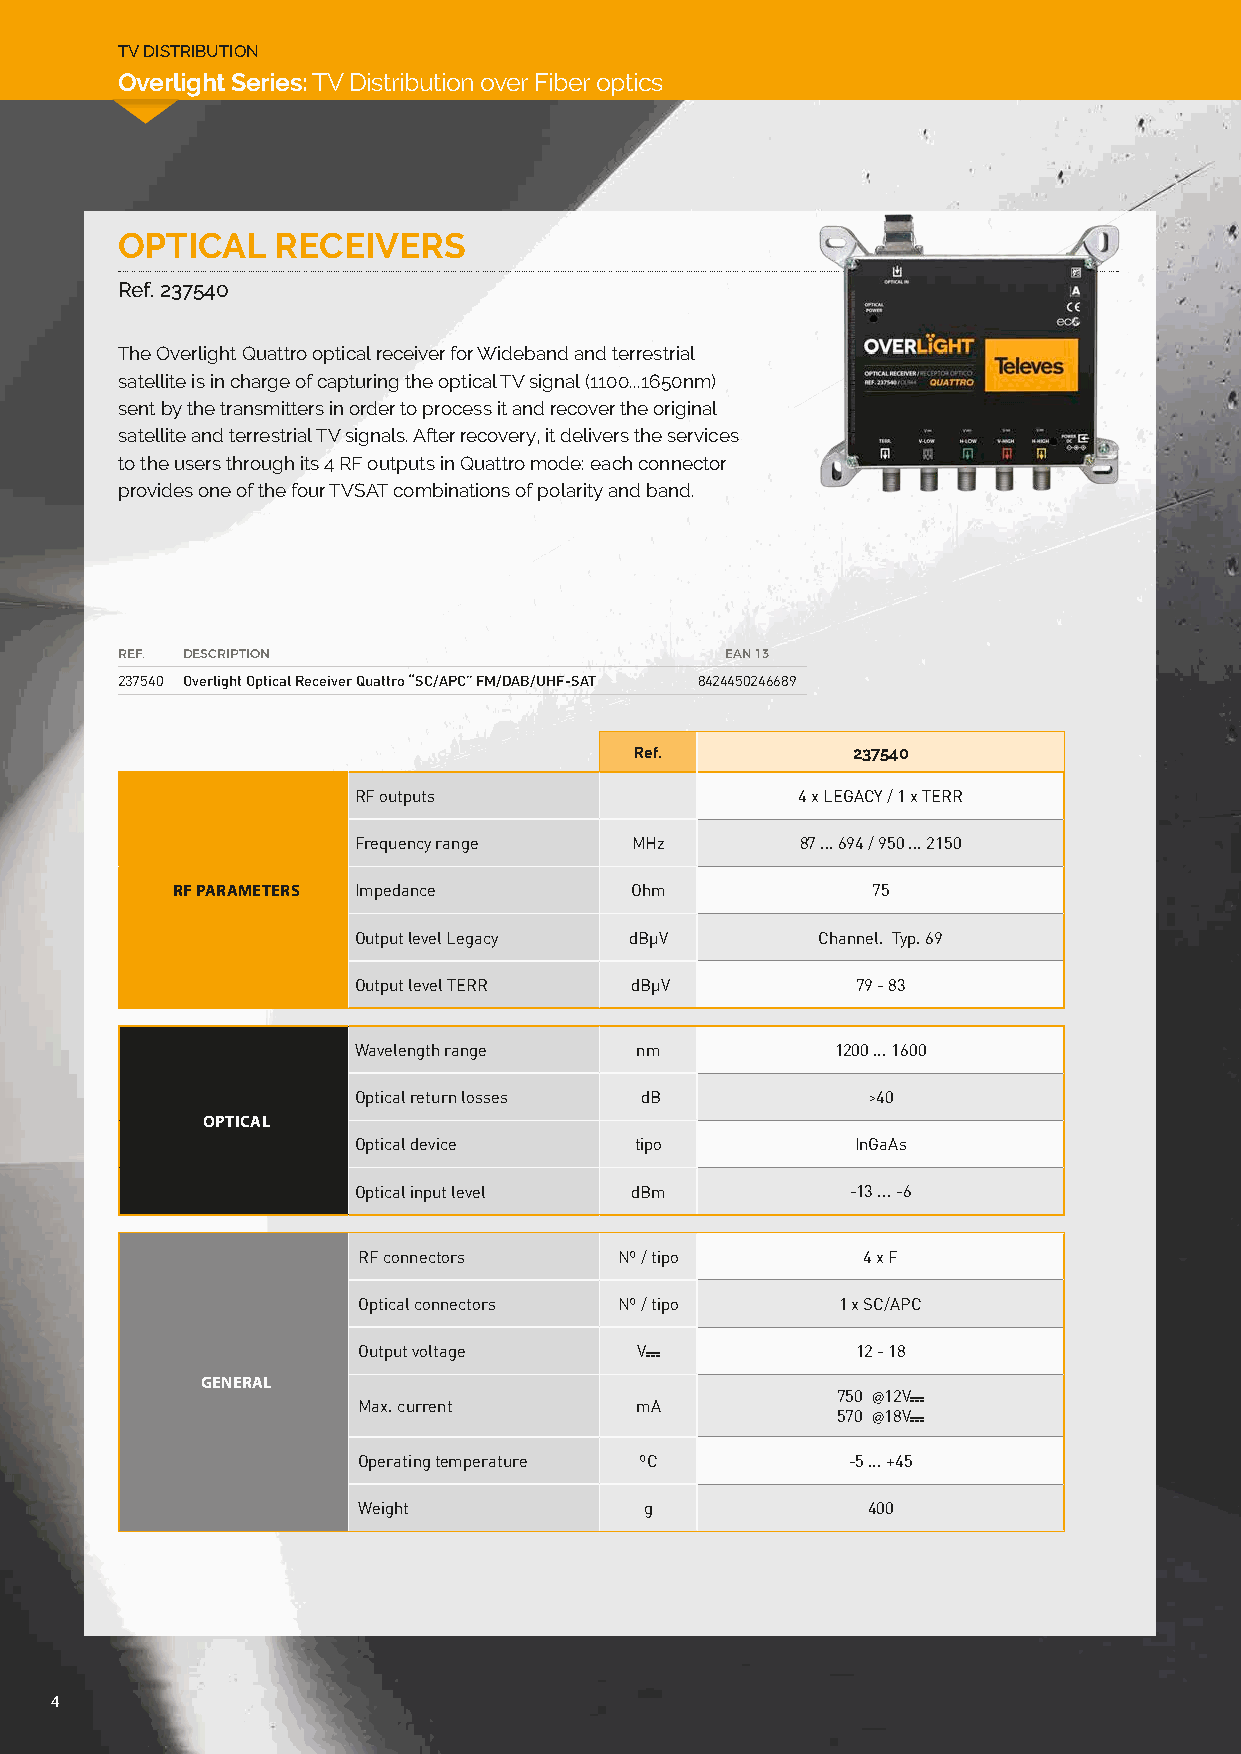
TV DISTRIBUTION
 Overlight Series: TV Distribution over Fiber optics
 OPTICAL   RECEIVERS
 Ref. 237540
 The Overlight Quattro optical receiver for Wideband and terrestrial
 satellite is in charge of capturing the optical TV signal (1100...1650nm)
 sent by the transmitters in order to process it and recover the original
 satellite and terrestrial TV signals. After recovery, it delivers the services
 to the users through its 4 RF outputs in Quattro mode: each connector
 provides one of the four TVSAT combinations of polarity and band.
 REF. DESCRIPTION                        EAN 13
 237540 Overlight Optical Receiver Quattro “SC/APC” FM/DAB/UHF-SAT 8424450246689
 Ref.          237540
 RF outputs                    4 x LEGACY / 1 x TERR
 Frequency range    MHz        87 ... 694 / 950 ... 2150
 RF PARAMETERS Impedance        Ohm             75
 Output level Legacy dBµV       Channel. Typ. 69
 Output level TERR  dBµV           79 - 83
 Wavelength range   nm           1200 ... 1600
 Optical return losses dB          >40
 OPTICAL
 Optical device     tipo           InGaAs
 Optical input level dBm          -13 ... -6
 RF connectors    Nº / tipo       4 x F
 Optical connectors Nº / tipo    1 x SC/APC
 Output voltage    V              12 - 18
 GENERAL
 750 @12V
 Max. current      mA
 570 @18V
 Operating temperature ºC        -5 ... +45
 Weight             g             400
 4